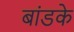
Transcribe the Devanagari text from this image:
बांडके